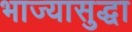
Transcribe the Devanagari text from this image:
भाज्यासुद्धा